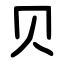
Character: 贝